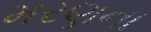
મરણના